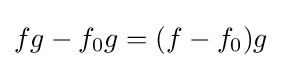
fg-f_{0}g=(f-f_{0})g